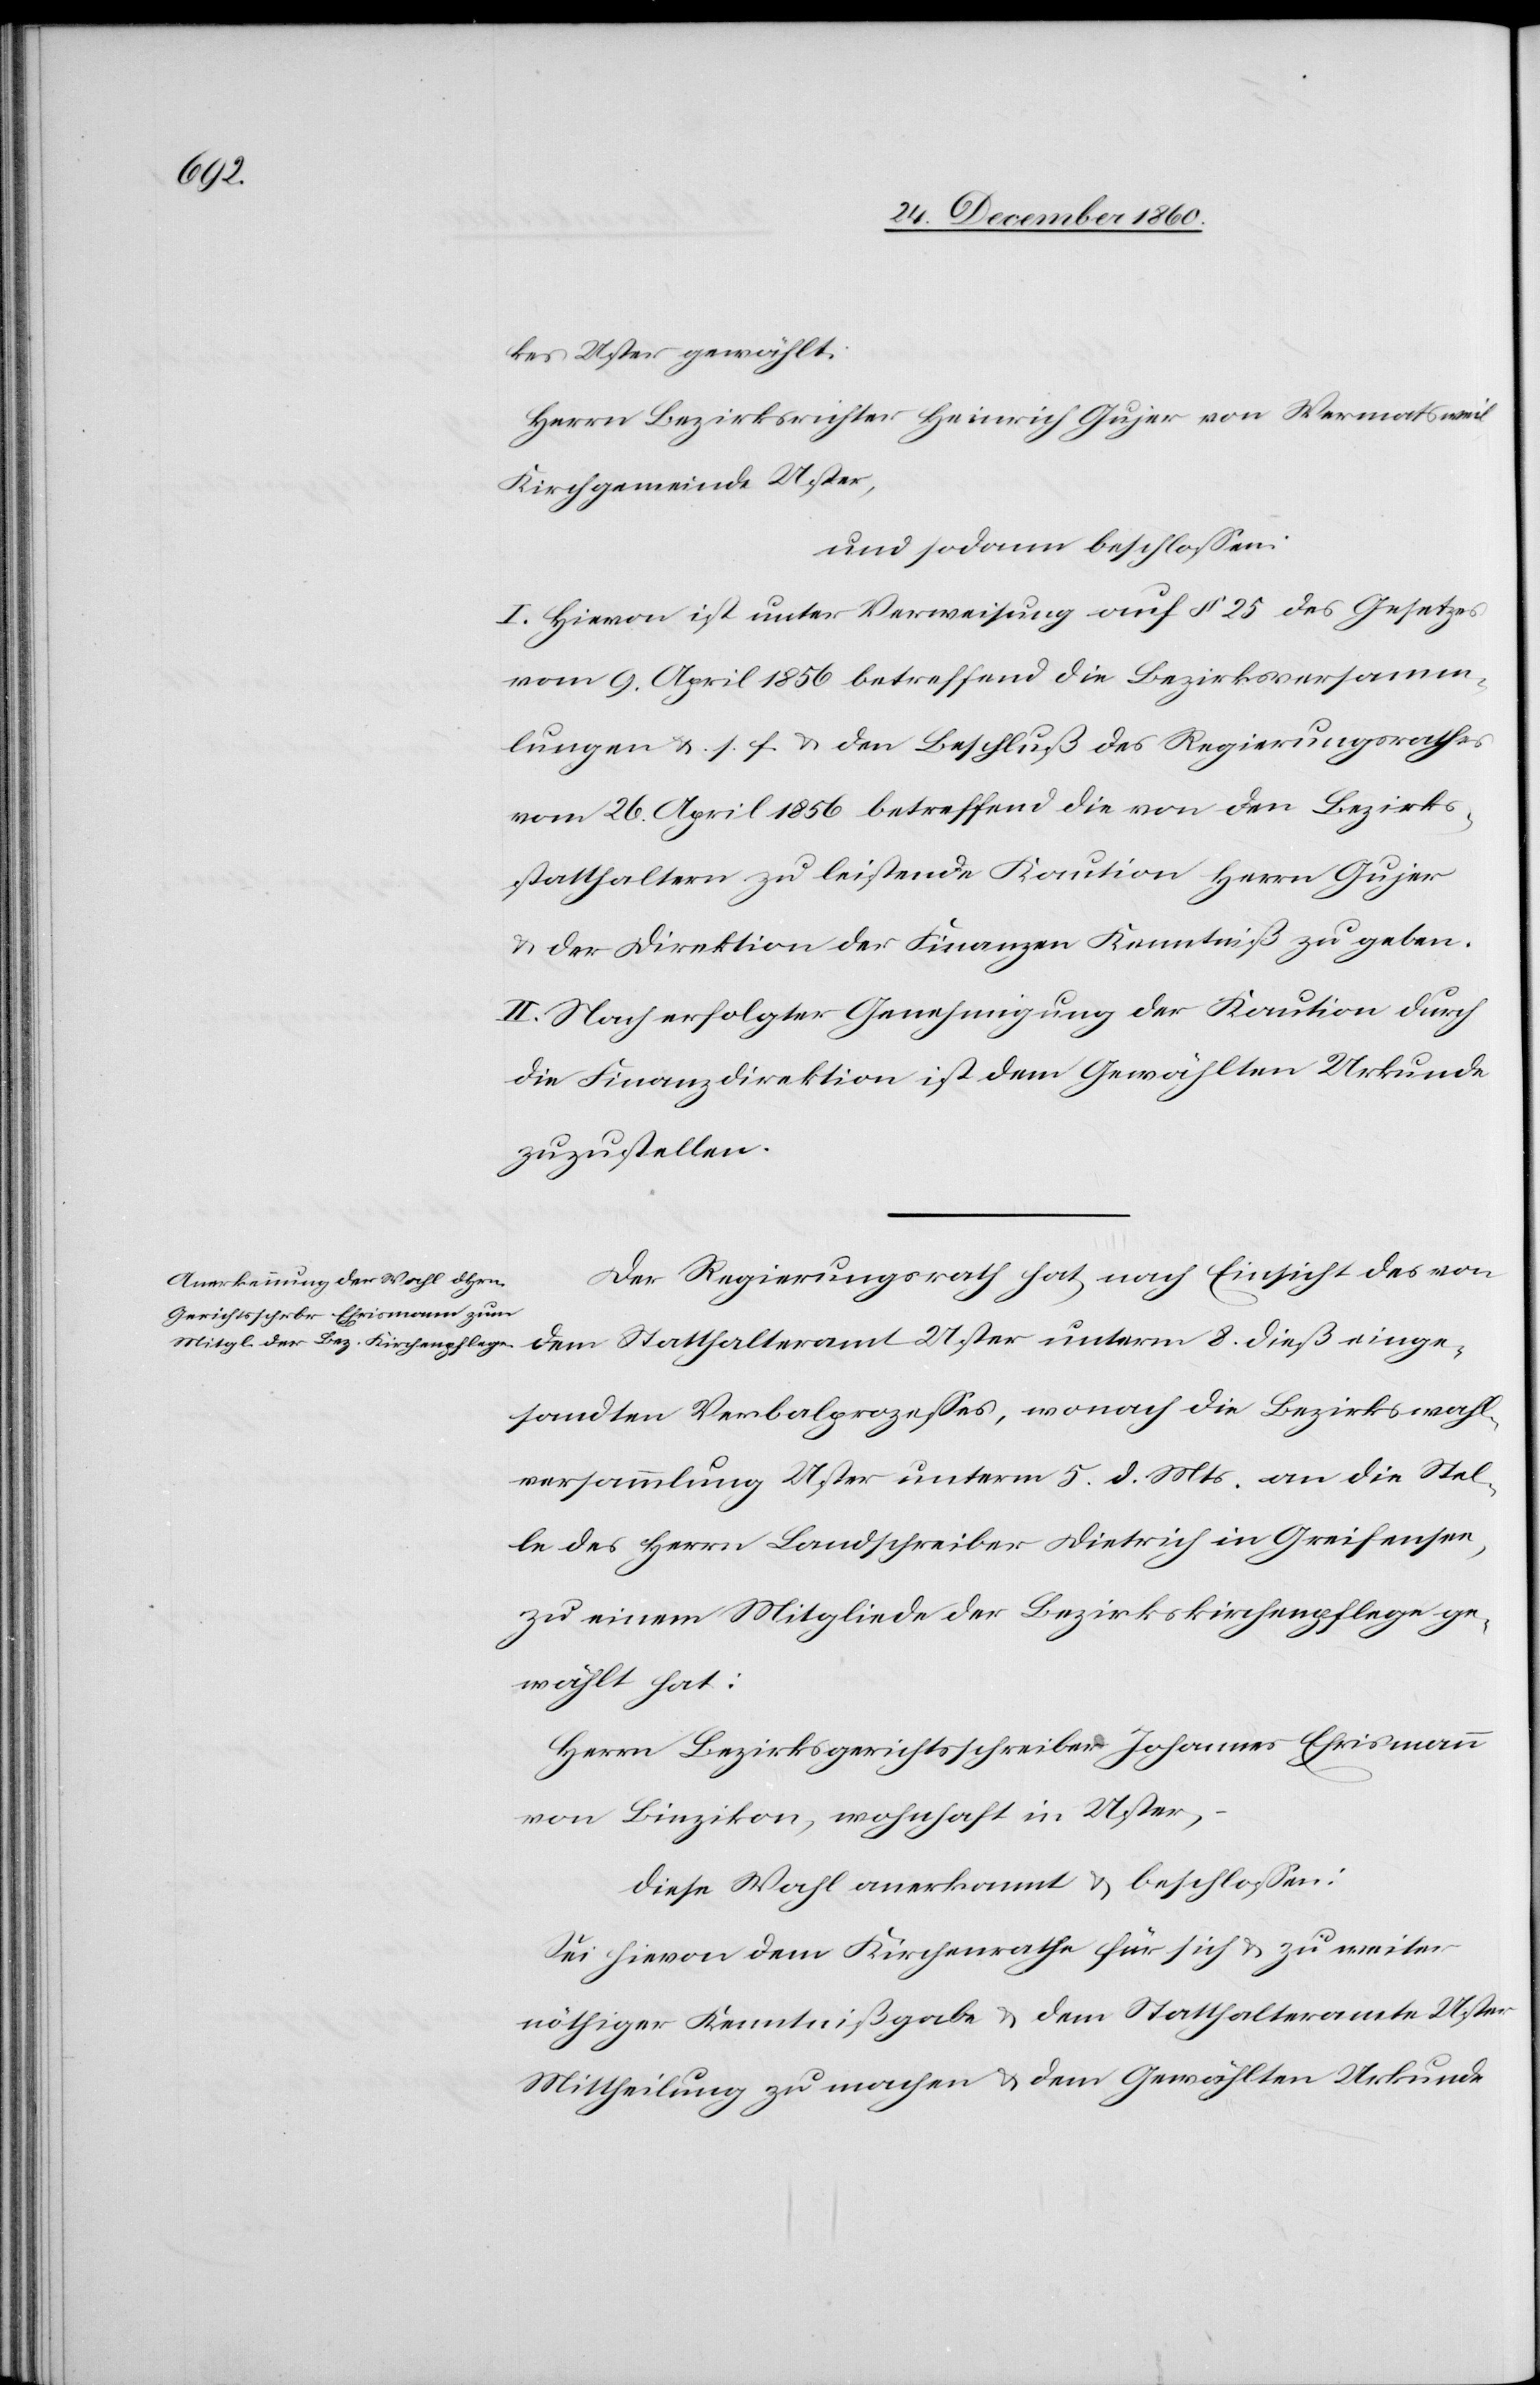
kes Uster gewählt:
Herr Bezirksrichter Heinrich Gujer von Wermatsweil
Kirchgemeinde Uster,
und sodann beschlossen:
I. Hievon ist unter Verweisung auf § 25 des Gesetzes
vom 9. April 1856 betreffend die Bezirksversamm¬
lungen u. s. f. den Beschluß des Regierungsrathes
vom 26. April 1856 betreffend die von den Bezirks¬
statthaltern zu leistende Kaution Herrn Gujer
u. der Direktion der Finanzen Kenntniß zu geben.
II. Nach erfolgter Genehmigung der Kaution durch
die Finanzdirektion ist dem Gewählten Urkunde
zuzustellen.
Der Regierungsrath hat nach Einsicht des von
dem Statthalteramt Uster unterm 8. dieß einge¬
sandten Verbalprozesses, wonach die Bezirkswahl¬
versammlung Uster unterm 5. d. Mts. an die Stel¬
le des Herrn Landschreiber Dietrich in Greifensee,
zu einem Mitgliede der Bezirkskirchenpflege ge¬
wählt hat:
Herrn Bezirksgerichtsschreiber Johannes Ehrismann
von Binzikon, wohnhaft in Uster,
diese Wahl anerkannt u. beschlossen:
Sei hievon dem Kirchenrathe für sich u. zu weiter
nöthiger Kenntnißgabe u. dem Statthalteramte Uster
Mittheilung zu machen u. dem Gewählten Urkunde